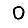
Digit: 0